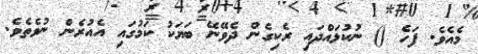
މެއެވެ. ފަހެ () ނުކުޅައްދައި ރެކިގެން ދެވޭނޭ ބަޔަކު ކަމުގައި އެއުރެން ނުވެތެވެ.